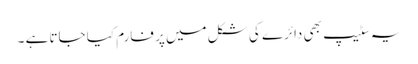
یہ سٹیپ بھی دائرے کی شکل میں پر فارم کیا جاتا ہے ۔